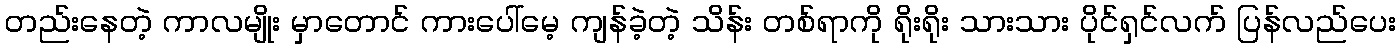
တည်းနေတဲ့ ကာလမျိုး မှာတောင် ကားပေါ်မေ့ ကျန်ခဲ့တဲ့ သိန်း တစ်ရာကို ရိုးရိုး သားသား ပိုင်ရှင်လက် ပြန်လည်ပေး